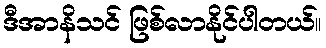
ဒီအာနိသင် ဖြစ်လာနိုင်ပါတယ်။